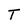
Character: T